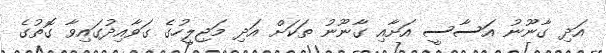
އަދި ގާނޫނު އަސާސީ އަށާއި ގާނޫނު ތަކަށް އަދި މަޖިލީހުގެ ގަވާއިދުގައިވާ ގޮތުގެ